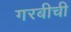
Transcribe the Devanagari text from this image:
गरबीची